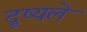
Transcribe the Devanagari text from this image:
दृष्यले